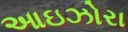
આઇઝોરા